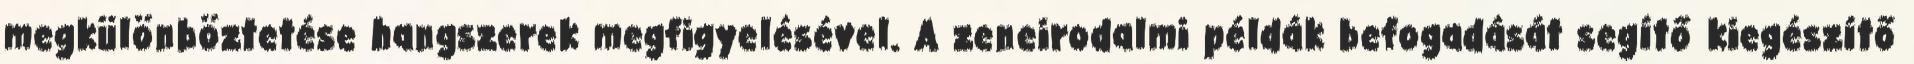
megkülönböztetése hangszerek megfigyelésével. A zeneirodalmi példák befogadását segítő kiegészítő